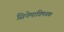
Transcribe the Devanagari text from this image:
सिनेमाविषयक